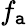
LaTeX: f_{\mathtt{a}}